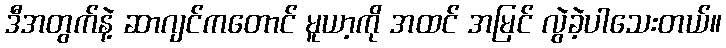
ဒီအတွက်နဲ့ ဆာဂျင်ကတောင် မူယာ့ကို အထင် အမြင် လွဲခဲ့ပါသေးတယ်။